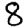
Digit: 8